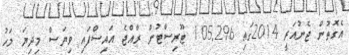
އެގޮތުން ޖެނުއަރީ 2014ގައި 105